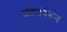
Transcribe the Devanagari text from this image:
अंतरांवरून